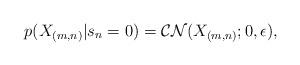
LaTeX: \begin{align*}p(X_{(m,n)}|s_{n}=0)=\mathcal{CN}(X_{(m,n)};0,\epsilon),\end{align*}